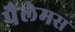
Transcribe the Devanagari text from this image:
पैलेमस